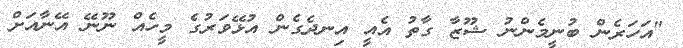
"އަހަރެން ބުނީމެންނު ޝޫޒާ ގާތު އެއީ އިނދެގެން އުޅޭވަރުގެ މީހެއް ނޫނޭ އޭނާއަށް